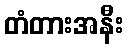
တံတားအနီး